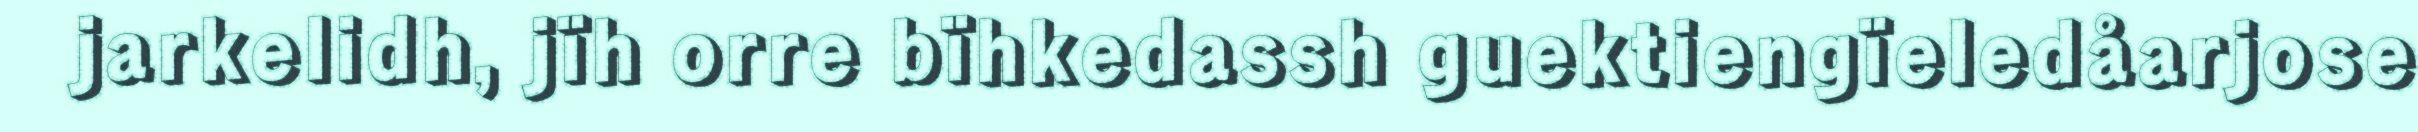
jarkelidh, jïh orre bïhkedassh guektiengïeledåarjose